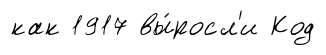
как 1917 вы́росл'и Код